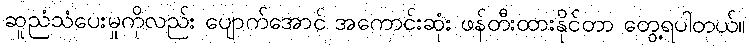
ဆူညံသံပေးမှုကိုလည်း ပျောက်အောင် အကောင်းဆုံး ဖန်တီးထားနိုင်တာ တွေ့ရပါတယ်။